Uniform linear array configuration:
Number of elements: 64
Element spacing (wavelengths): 1
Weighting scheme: blackman
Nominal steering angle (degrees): -60
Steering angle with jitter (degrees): -58.745
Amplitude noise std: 0.05
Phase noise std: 0.05

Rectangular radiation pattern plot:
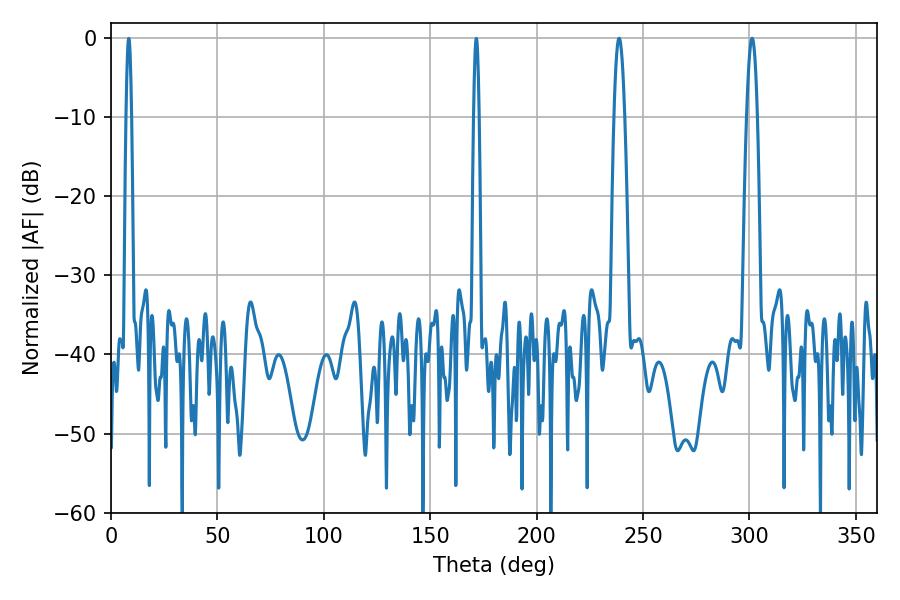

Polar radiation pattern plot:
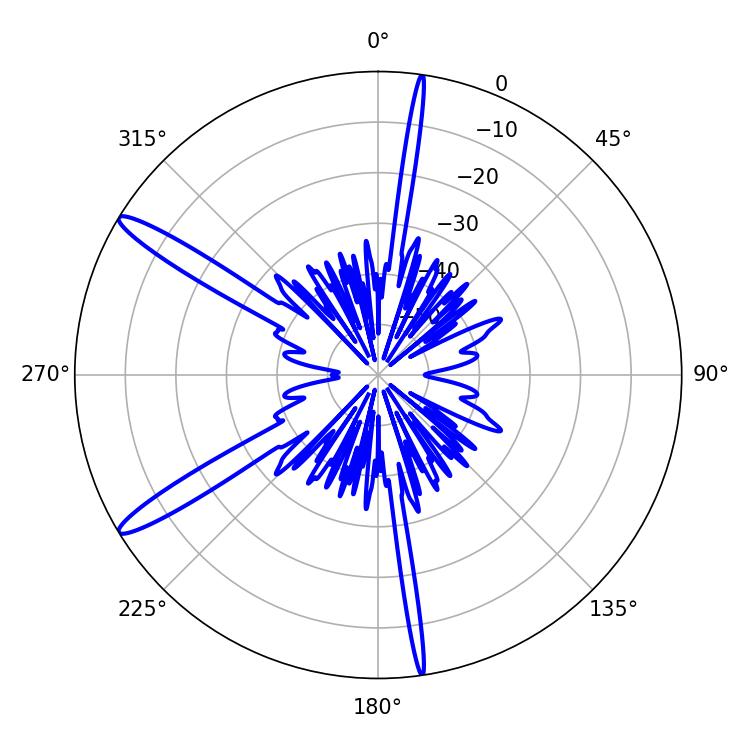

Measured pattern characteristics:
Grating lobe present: TRUE
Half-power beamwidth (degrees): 2.7
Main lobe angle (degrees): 238.68